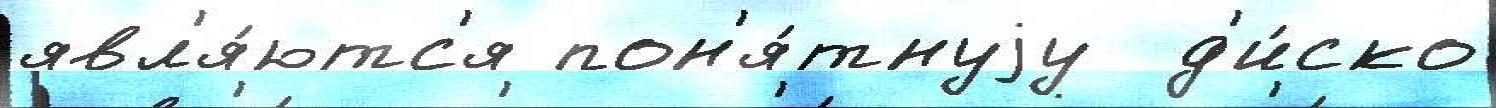
явл'я́ютс'я пон'я́тнуjу  д'и́ско